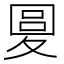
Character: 𡕭